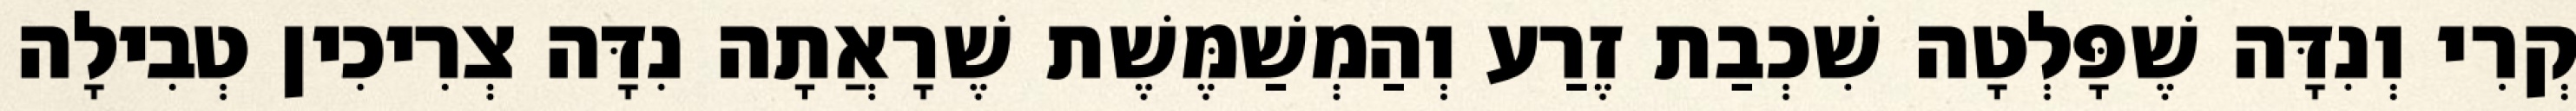
קְרִי וְנִדָּה שֶׁפָּלְטָה שִׁכְבַת זֶרַע וְהַמְשַׁמֶּשֶׁת שֶׁרָאֲתָה נִדָּה צְרִיכִין טְבִילָה